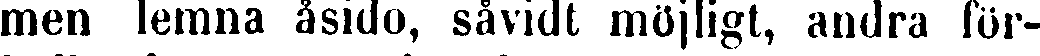
men lemna åsido, såvidt möjligt, andra för-